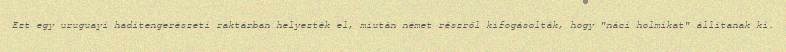
Ezt egy uruguayi haditengerészeti raktárban helyezték el, miután német részről kifogásolták, hogy "náci holmikat" állítanak ki.